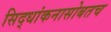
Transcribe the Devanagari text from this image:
सिद्धांकनासोबतच